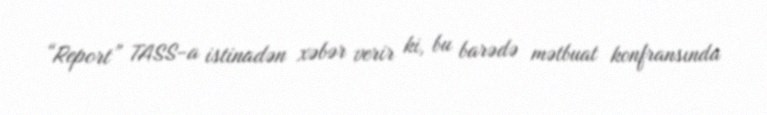
“Report” TASS-a istinadən xəbər verir ki, bu barədə mətbuat konfransında